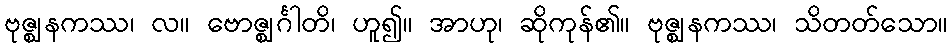
ဗုဇ္ဈနကဿ၊ လ။ ဗောဇ္ဈင်္ဂါတိ၊ ဟူ၍။ အာဟု၊ ဆိုကုန်၏။ ဗုဇ္ဈနကဿ၊ သိတတ်သော။